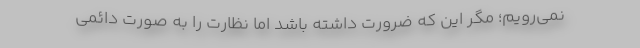
نمی‌رویم؛ مگر این که ضرورت داشته باشد اما نظارت را به صورت دائمی